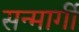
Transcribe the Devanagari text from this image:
सन्मार्गी